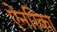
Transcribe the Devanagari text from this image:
ऐनरिका